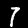
Digit: 7